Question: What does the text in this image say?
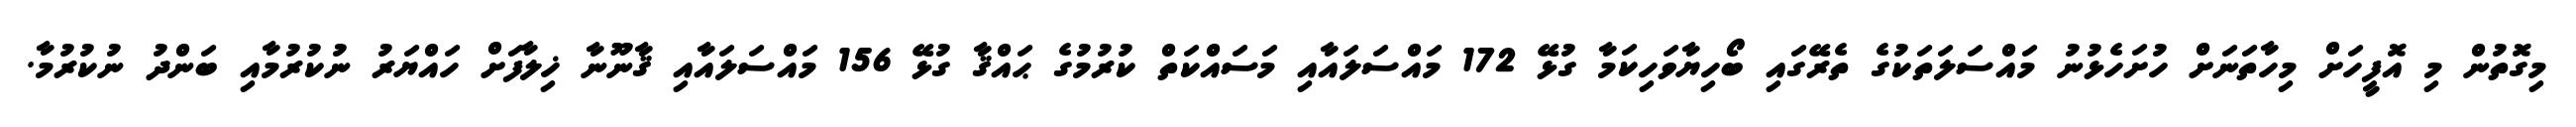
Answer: މިގޮތުން މި އޮފީހަށް މިހާތަނަށް ހުށަހެޅުނު މައްސަލަތަކުގެ ތެރޭގައި ބޯހިޔާވަހިކަމާ ގުޅޭ 172 މައްސަލައާއި މަސައްކަތް ކުރުމުގެ ޙައްޤާ ގުޅޭ 156 މައްސަލައާއި ޤާނޫނާ ޚިލާފަށް ހައްޔަރު ނުކުރުމާއި ބަންދު ނުކުރުމާ.